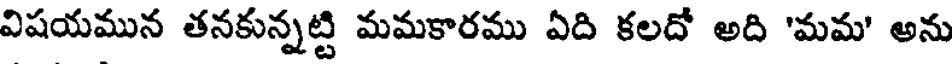
విషయమున తనకున్నట్టి మమకారము ఏది కలదో అది 'మమ' అను